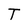
Character: T